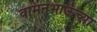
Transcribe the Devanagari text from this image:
वामनभाऊंच्या